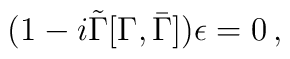
(1-i\tilde \Gamma[\Gamma,\bar\Gamma])\epsilon =0\, ,